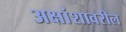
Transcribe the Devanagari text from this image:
अक्षांशावरील